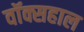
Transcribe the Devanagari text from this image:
वॉक्सहाल